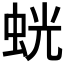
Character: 𫊶